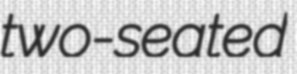
two-seated